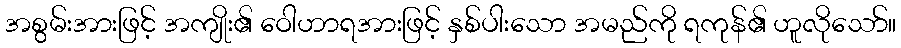
အစွမ်းအားဖြင့် အကျိုး၏ ဝေါဟာရအားဖြင့် နှစ်ပါးသော အမည်ကို ရကုန်၏ ဟူလိုသော်။